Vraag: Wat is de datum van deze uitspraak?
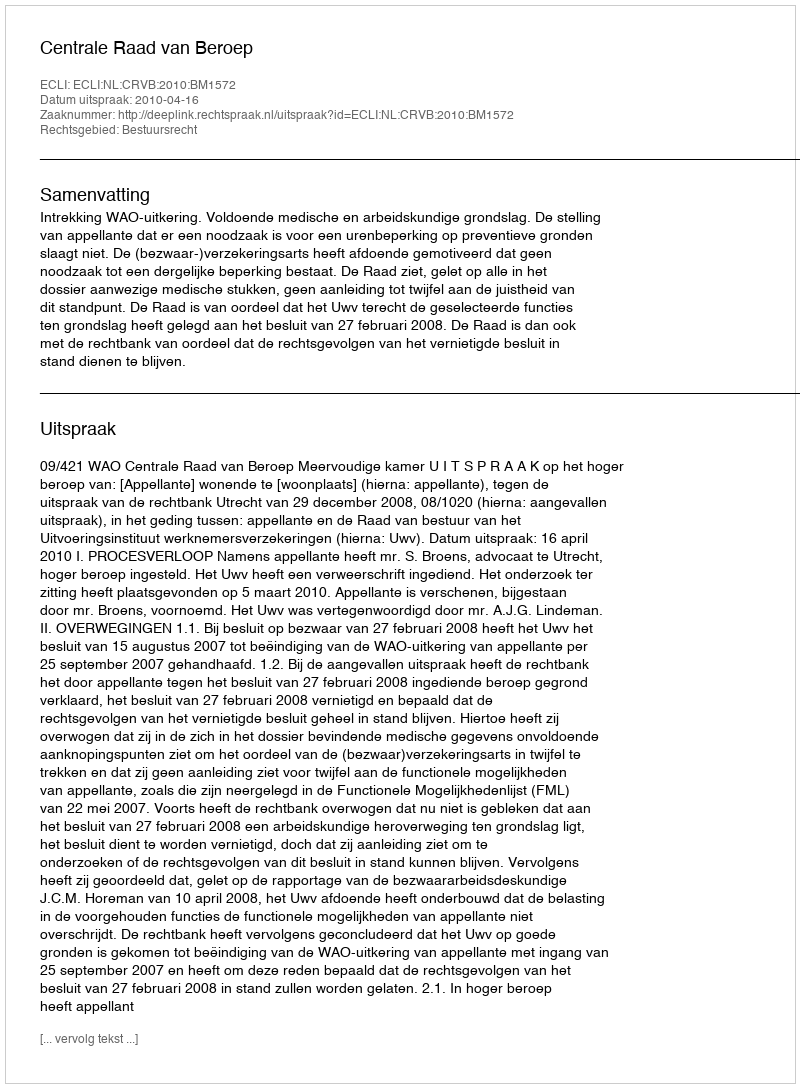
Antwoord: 2010-04-16